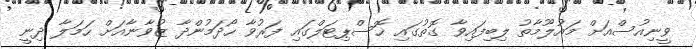
ވީނިއުސްއަށް މައުލޫމާތު ލިބިފައިވާ ގޮތުގައި ހޮސްޕިޓަލްގައި ފަރުވާ ހޯދަމުންދާ ޒުވާނާއަށް ހަމަލާ ދިނީ